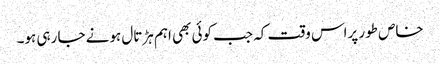
خاص طور پراس وقت کہ جب کوئی بھی اہم ہڑتال ہونے جا رہی ہو۔